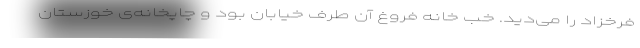
فرخزاد را می‌دید. خب خانه فروغ آن طرف خیابان بود و چاپخانه‌ی خوزستان